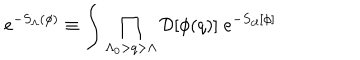
e ^ { - S _ { \Lambda } ( \phi ) } \equiv \int \prod _ { \Lambda _ { 0 } > q > \Lambda } { \cal D } [ \phi ( { q } ) ] \; e ^ { - S _ { c l } [ \phi ] }